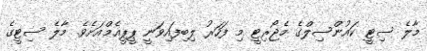
މާލެ ސިޓީ ކައުންސިލްގެ މެޖޯރިޓީ މި ފަހަރު ލިބިފައިވަނީ ޕީޕީއެމްއަށެވެ. މާލެ ސިޓީގެ